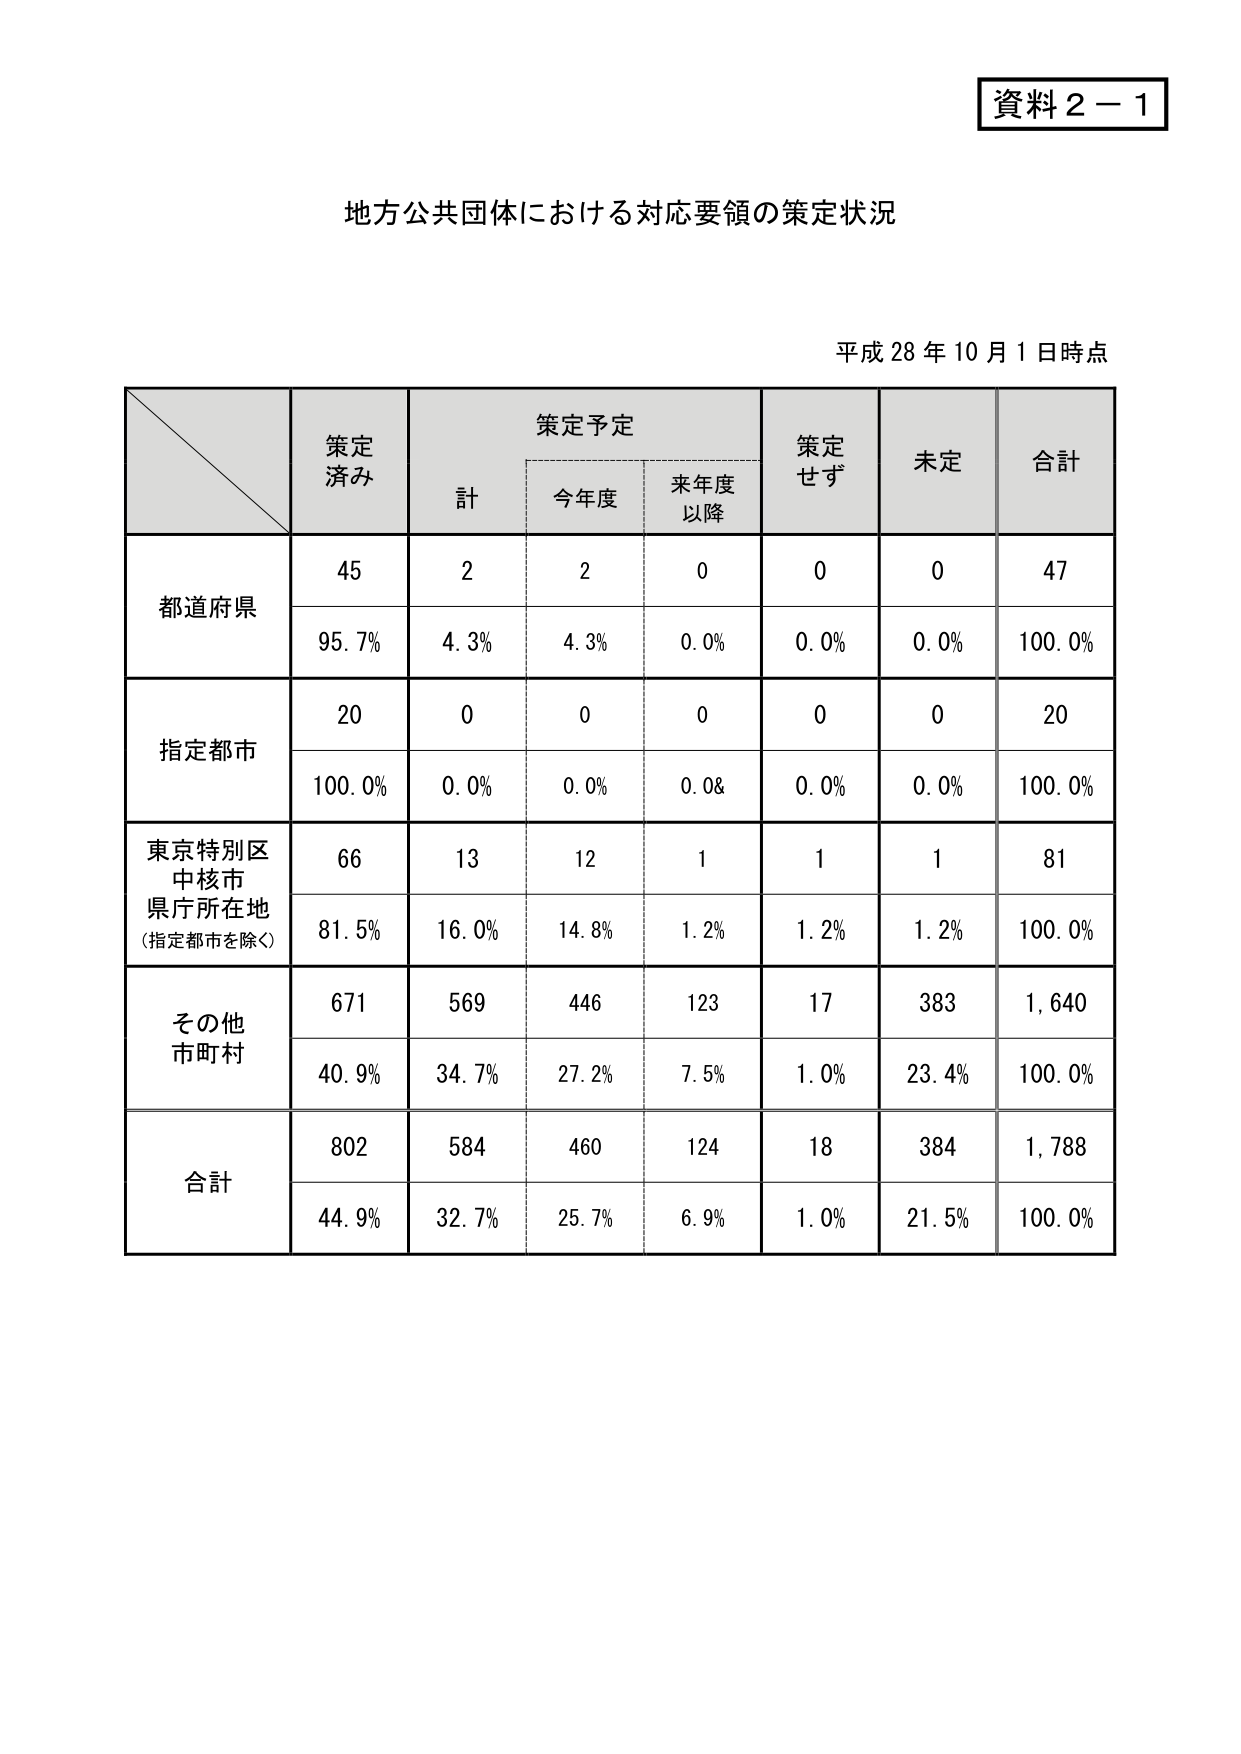
資料２－１

地方公共団体における対応要領の策定状況

平成28年10月1日時点

策定済み　策定予定　策定せず　未定　合計
　　　　　計　今年度　来年度以降

都道府県
45　　2　　2　　0　　0　　0　　47
95.7%　4.3%　4.3%　0.0%　0.0%　0.0%　100.0%

指定都市
20　　0　　0　　0　　0　　0　　20
100.0%　0.0%　0.0%　0.0%　0.0%　0.0%　100.0%

東京特別区
中核市
県庁所在地
（指定都市を除く）
66　　13　　12　　1　　1　　1　　81
81.5%　16.0%　14.8%　1.2%　1.2%　1.2%　100.0%

その他
市町村
671　　569　　446　　123　　17　　383　　1,640
40.9%　34.7%　27.2%　7.5%　1.0%　23.4%　100.0%

合計
802　　584　　460　　124　　18　　384　　1,788
44.9%　32.7%　25.7%　6.9%　1.0%　21.5%　100.0%